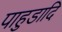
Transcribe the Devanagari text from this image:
पाहुडादि